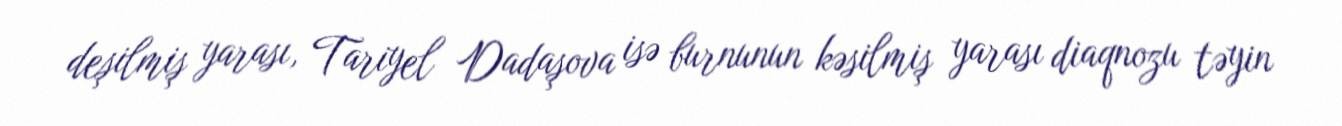
deşilmiş yarası, Tariyel Dadaşova isə burnunun kəsilmiş yarası diaqnozu təyin